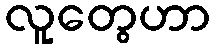
လူတွေဟာ